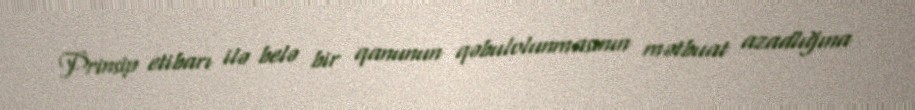
Prinsip etibarı ilə belə bir qanunun qəbulolunmasının mətbuat azadlığına